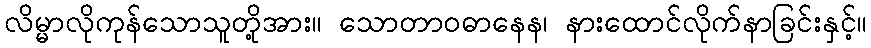
လိမ္မာလိုကုန်သောသူတို့အား။ သောတာဝဓာနေန၊ နားထောင်လိုက်နာခြင်းနှင့်။